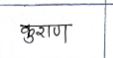
मजकूर: कुराण